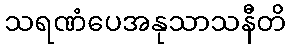
သရဏံပေအနုသာသနီတိ